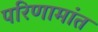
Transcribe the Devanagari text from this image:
परिणामांत